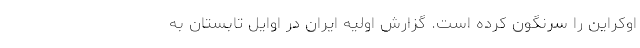
اوکراین را سرنگون کرده است. گزارش اولیه ایران در اوایل تابستان به